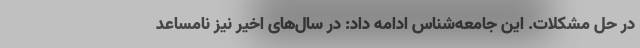
در حل مشکلات. این جامعه‌شناس ادامه داد: در سال‌های اخیر نیز نامساعد